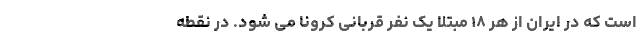
است که در ایران از هر ۱۸ مبتلا یک نفر قربانی کرونا می شود. در نقطه